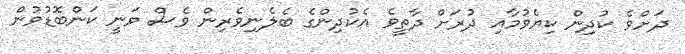
ދަށްވެ ކުދިން ކިޔެވުމާއި ދުރަށް ދާތީވެ އެކުދިންގެ ބެލެނިވެރިން ވެސް ވަނީ ކަންބޮޑުވުން